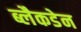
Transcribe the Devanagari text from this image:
ब्लैकडेन